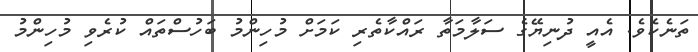
ތަނެކެވެ. އެއީ ދުނިޔޭގެ ސަލާމަތާ ރައްކާތެރި ކަމަށް މުހިންމު ބަހުސްތައް ކުރެވި މުހިންމު